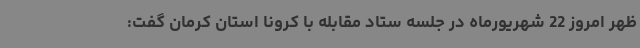
ظهر امروز 22 شهریورماه در جلسه ستاد مقابله با کرونا استان کرمان گفت: